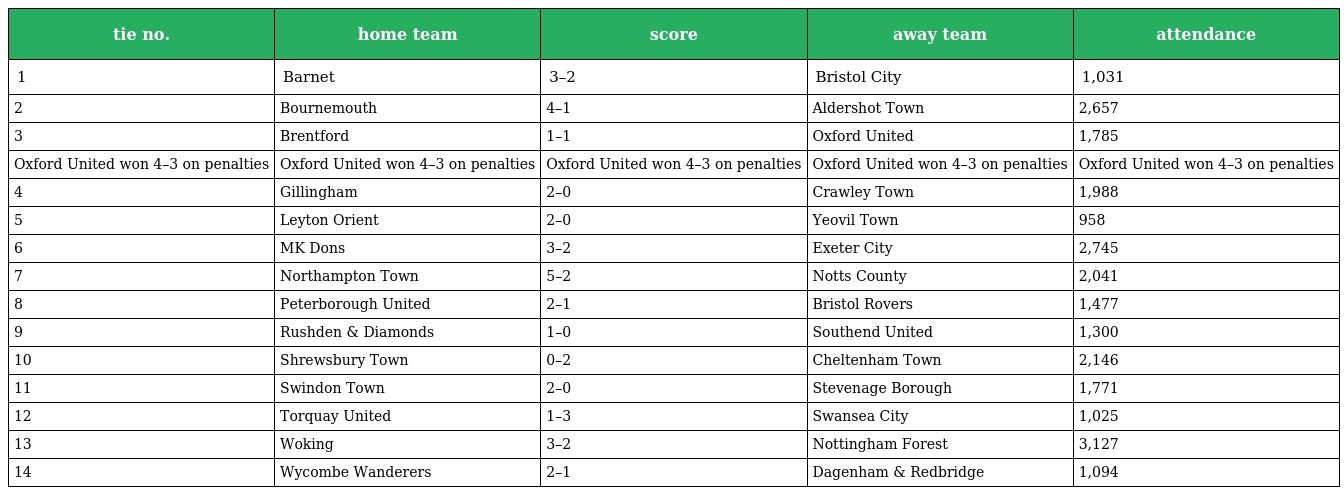
| tie no. | home team | score | away team | attendance |
 | --- | --- | --- | --- | --- |
 | 1 | Barnet | 3–2 | Bristol City | 1,031 |
 | 2 | Bournemouth | 4–1 | Aldershot Town | 2,657 |
 | 3 | Brentford | 1–1 | Oxford United | 1,785 |
 | Oxford United won 4–3 on penalties | Oxford United won 4–3 on penalties | Oxford United won 4–3 on penalties | Oxford United won 4–3 on penalties | Oxford United won 4–3 on penalties |
 | 4 | Gillingham | 2–0 | Crawley Town | 1,988 |
 | 5 | Leyton Orient | 2–0 | Yeovil Town | 958 |
 | 6 | MK Dons | 3–2 | Exeter City | 2,745 |
 | 7 | Northampton Town | 5–2 | Notts County | 2,041 |
 | 8 | Peterborough United | 2–1 | Bristol Rovers | 1,477 |
 | 9 | Rushden & Diamonds | 1–0 | Southend United | 1,300 |
 | 10 | Shrewsbury Town | 0–2 | Cheltenham Town | 2,146 |
 | 11 | Swindon Town | 2–0 | Stevenage Borough | 1,771 |
 | 12 | Torquay United | 1–3 | Swansea City | 1,025 |
 | 13 | Woking | 3–2 | Nottingham Forest | 3,127 |
 | 14 | Wycombe Wanderers | 2–1 | Dagenham & Redbridge | 1,094 |